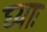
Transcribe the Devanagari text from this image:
घ्‍याः